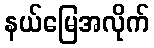
နယ်မြေအလိုက်